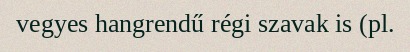
vegyes hangrendű régi szavak is (pl.